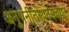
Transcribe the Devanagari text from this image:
अनुपनीतस्यनसंचयनं